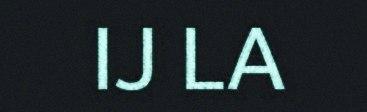
IJ LA